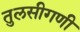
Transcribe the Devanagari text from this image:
तुलसीगणी